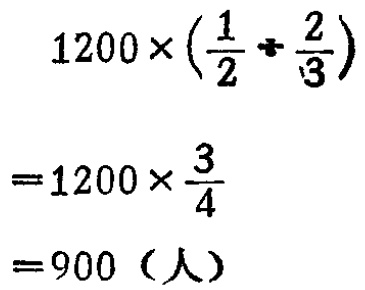
\[

\begin{align*}

&1200\times(\frac{1}{2}+\frac{2}{3})\\

=&1200\times\frac{3}{4}\\

=&900（人）

\end{align*}

\]